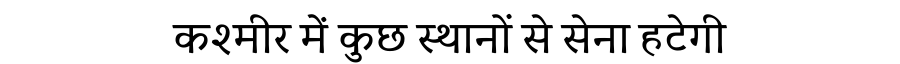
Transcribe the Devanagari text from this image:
कश्मीर में कुछ स्थानों से सेना हटेगी